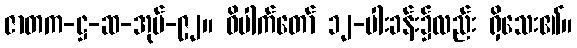
ဇာတက-ဋ္ဌ-ဆ-အုပ်-၉၂။ ဝိပါက်တော် ၁၂-ပါးခန်း၌လည်း ရှိသေး၏။